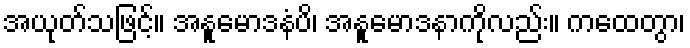
အယုတ်သဖြင့်။ အနူမောဒနံပိ၊ အနူမောဒနာကိုလည်း။ ကထေတွာ၊